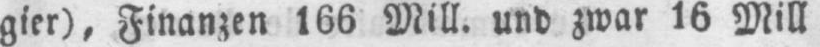
gier), Finanzen 166 Mill. und zwar 16 Mill